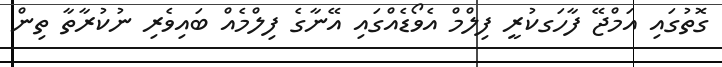
ގޮތުގައި އަމްޖޭ ފާހަގކުރީ ފިލްމް އެވޯޑެއްގައި އޭނާގެ ފިލްމެއް ބައިވެރި ނުކުރާތާ ތިން